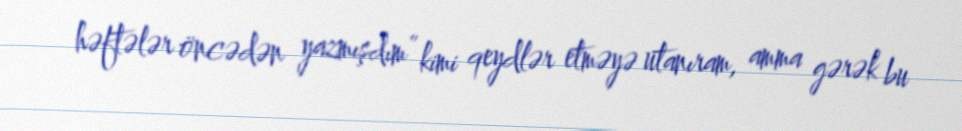
həftələr öncədən yazmışdım” kimi qeydlər etməyə utanıram, amma gərək bu